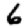
Digit: 6